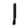
Digit: 1